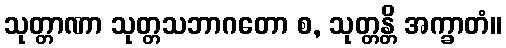
သုတ္တာဏာ သုတ္တသဘာဂတော စ, သုတ္တန္တိ အက္ခာတံ။